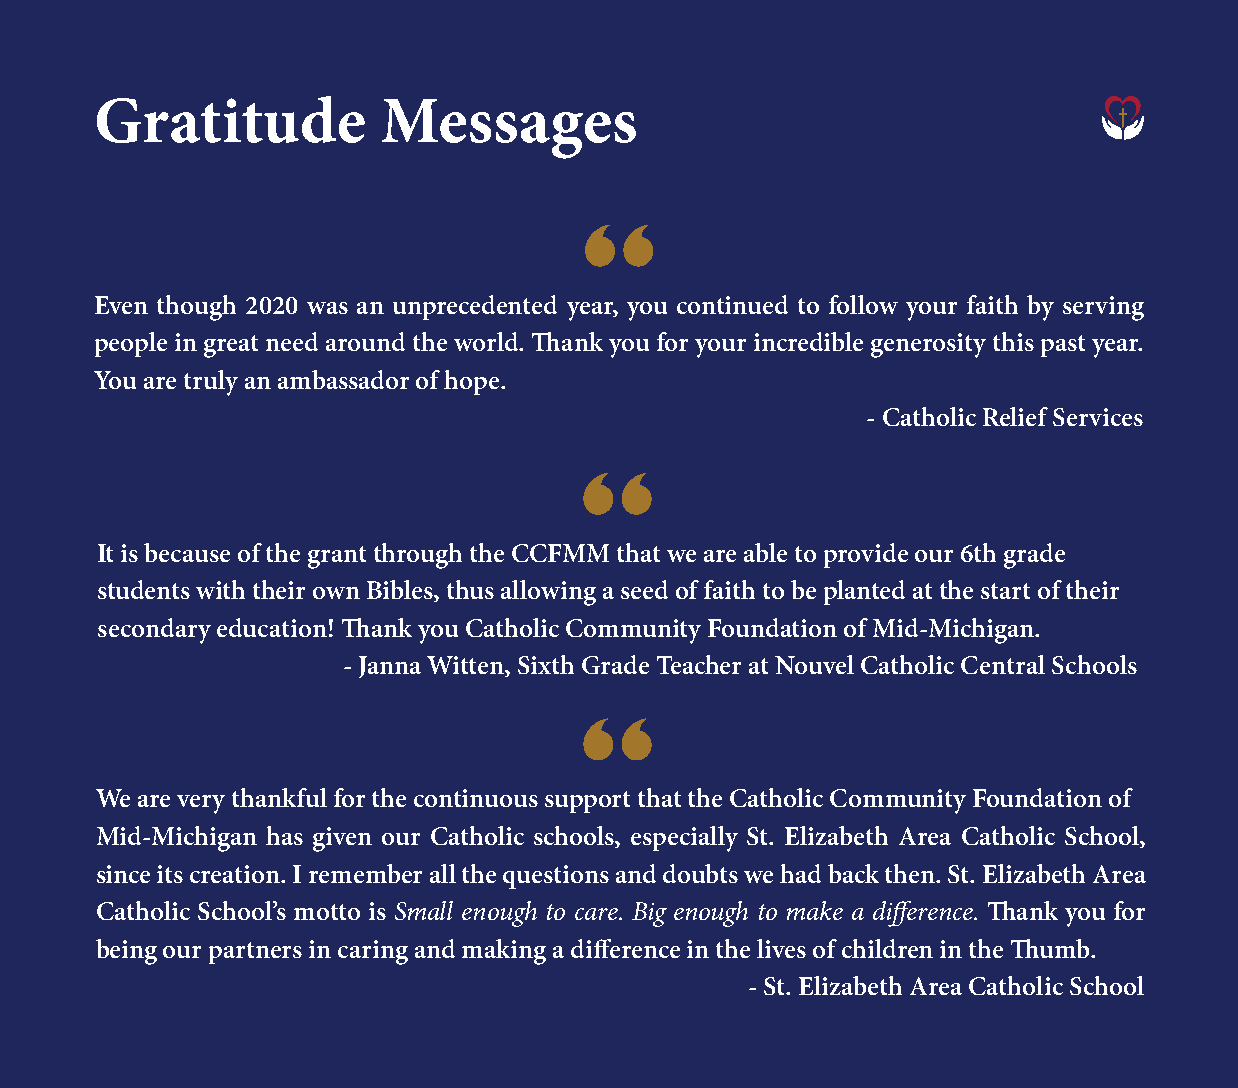
Gratitude          Messages
 “
 Even though 2020 was an unprecedented year, you continued to follow your faith by serving
 people in great need around the world. Thank you for your incredible generosity this past year.
 You are truly an ambassador of hope.
 - Catholic Relief Services
 “
 It is because of the grant through the CCFMM that we are able to provide our 6th grade
 students with their own Bibles, thus allowing a seed of faith to be planted at the start of their
 secondary education! Thank you Catholic Community Foundation of Mid-Michigan.
 - Janna Witten, Sixth Grade Teacher at Nouvel Catholic Central Schools
 “
 We are very thankful for the continuous support that the Catholic Community Foundation of
 Mid-Michigan has given our Catholic schools, especially St. Elizabeth Area Catholic School,
 since its creation. I remember all the questions and doubts we had back then. St. Elizabeth Area
 Catholic School’s motto is Small enough to care. Big enough to make a difference. Thank you for
 being our partners in caring and making a difference in the lives of children in the Thumb.
 - St. Elizabeth Area Catholic School